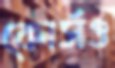
কোর্সও